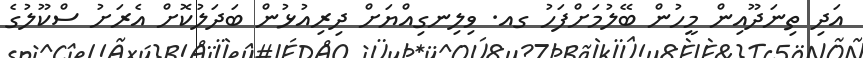
އަދި ތިނަދޫއިން މީހުން ބޭލުމަށްފަހު ގއ. ވިލިނގިއްޔަށް ދިރިއުޅުން ބަދަލުކޮށް އެރަށު ސްކޫލުގެ